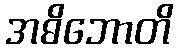
အဓိဘောတိ